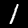
Label: 1